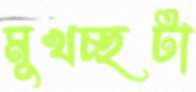
মুখচ্ছটা